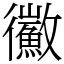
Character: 鰴